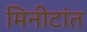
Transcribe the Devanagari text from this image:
मिनीटांत